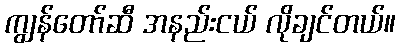
ကျွန်တော်ဆီ အနည်းငယ် လိုချင်တယ်။